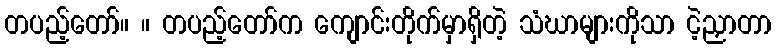
တပည့်တော်။ ။ တပည့်တော်က ကျောင်းတိုက်မှာရှိတဲ့ သံဃာများကိုသာ ငဲ့ညှာတာ